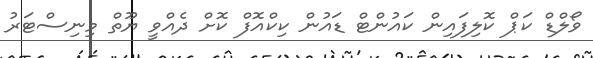
ވޯލްޑް ކަޕް ކޮލިފައިން ކައުންޓް ޑައުން ކިކްއޮފް ކޮށް ދެއްވީ ޔޫތް މިނިސްޓަރު